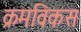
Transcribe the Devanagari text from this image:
क्रमविकस